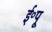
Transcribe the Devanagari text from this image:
ई॰पू